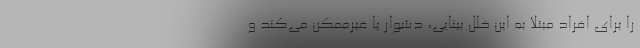
را برای افراد مبتلا به این خللِ بینایی، دشوار یا غیرممکن می‌کند و